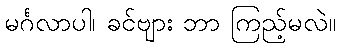
မင်္ဂလာပါ၊ ခင်ဗျား ဘာ ကြည့်မလဲ။